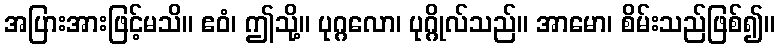
အပြားအားဖြင့်မသိ။ ဧဝံ၊ ဤသို့။ ပုဂ္ဂလော၊ ပုဂ္ဂိုလ်သည်။ အာမော၊ စိမ်းသည်ဖြစ်၍။